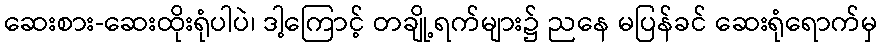
ဆေးစား-ဆေးထိုးရုံပါပဲ၊ ဒါ့ကြောင့် တချို့ရက်များ၌ ညနေ မပြန်ခင် ဆေးရုံရောက်မှ